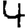
Digit: 4